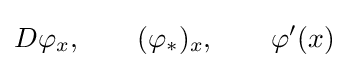
D\varphi _{x},\qquad (\varphi _{*})_{x},\qquad \varphi '(x)